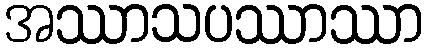
အဿာသပဿာဿာ